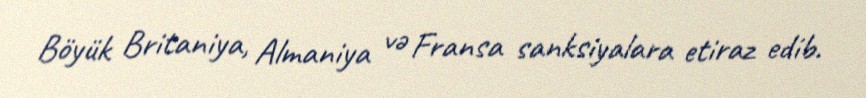
Böyük Britaniya, Almaniya və Fransa sanksiyalara etiraz edib.